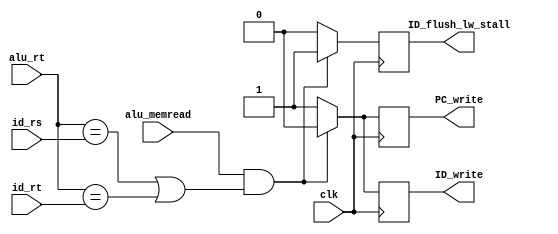
//STALL FOR LOAD WORD//
module LW_Stall(
  input alu_memread,clk,
  input [4:0] id_rs,id_rt,alu_rt,
  output reg PC_write,ID_write,
  output reg ID_flush_lw_stall
);
  always@(posedge clk)
    begin
      if(alu_memread && (alu_rt == id_rs || alu_rt == id_rt))
        begin 
            PC_write = 0;           // if instruction in the ID stage is stalled, then the instruction in the IF stage must also be stalled
            ID_write = 0;       // otherwise, we would lose the fetched instruction - set PCWrite as well as IF/IDwrite to 0  
            ID_flush_lw_stall = 1; // for stalling in ID stage
        end
       else 
        begin 
            PC_write = 1;
            ID_write = 1;
            ID_flush_lw_stall=0; 
        end
    end
endmodule